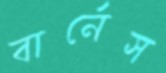
বার্নেস